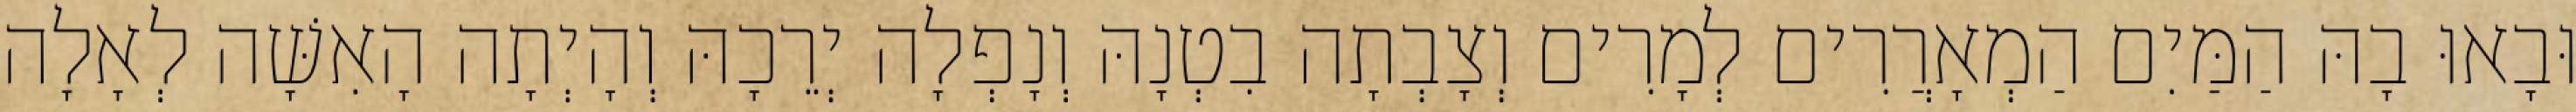
וּבָאוּ בָהּ הַמַּיִם הַמְאָרֲרִים לְמָרִים וְצָבְתָה בִטְנָהּ וְנָפְלָה יְרֵכָהּ וְהָיְתָה הָאִשָּׁה לְאָלָה